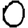
Digit: 0